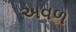
અવળ